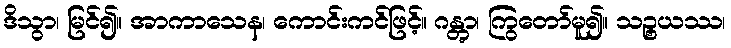
ဒိသွာ၊ မြင်၍။ အာကာသေန၊ ကောင်းကင်ဖြင့်။ ဂန္တွာ၊ ကြွတော်မူ၍။ သဉ္စယဿ၊